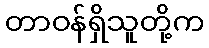
တာဝန်ရှိသူတို့က